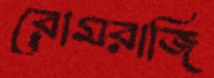
রোমরাজি